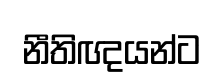
නීතිඥයන්ට